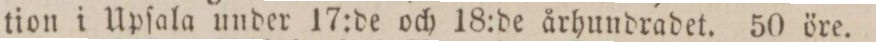
tion i Upſala under 17:de och 18:de århundradet. 50 öre.